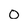
Character: o